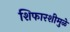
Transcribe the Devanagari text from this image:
शिफारशीमुळे